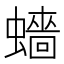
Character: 𧒗